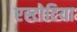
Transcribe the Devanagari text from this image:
एस्टोटिया